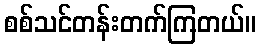
စစ်သင်တန်းတက်ကြတယ်။